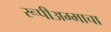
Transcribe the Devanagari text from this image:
रूपीअम्माचा